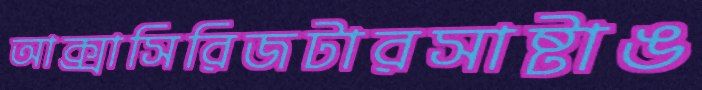
আক্সাসিরিজটারসাষ্টাঙ